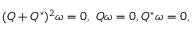
( Q + Q ^ { * } ) ^ { 2 } \omega = 0 , \ Q \omega = 0 , Q ^ { * } \omega = 0 ,